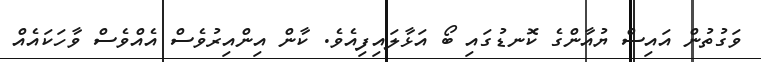
ވަގުތުން އައިސް ޔުއާންގެ ކޮނޑުގައި ބޯ އަޅާލައިފިއެވެ. ކާން އިންއިރުވެސް އެއްވެސް ވާހަކައެއް